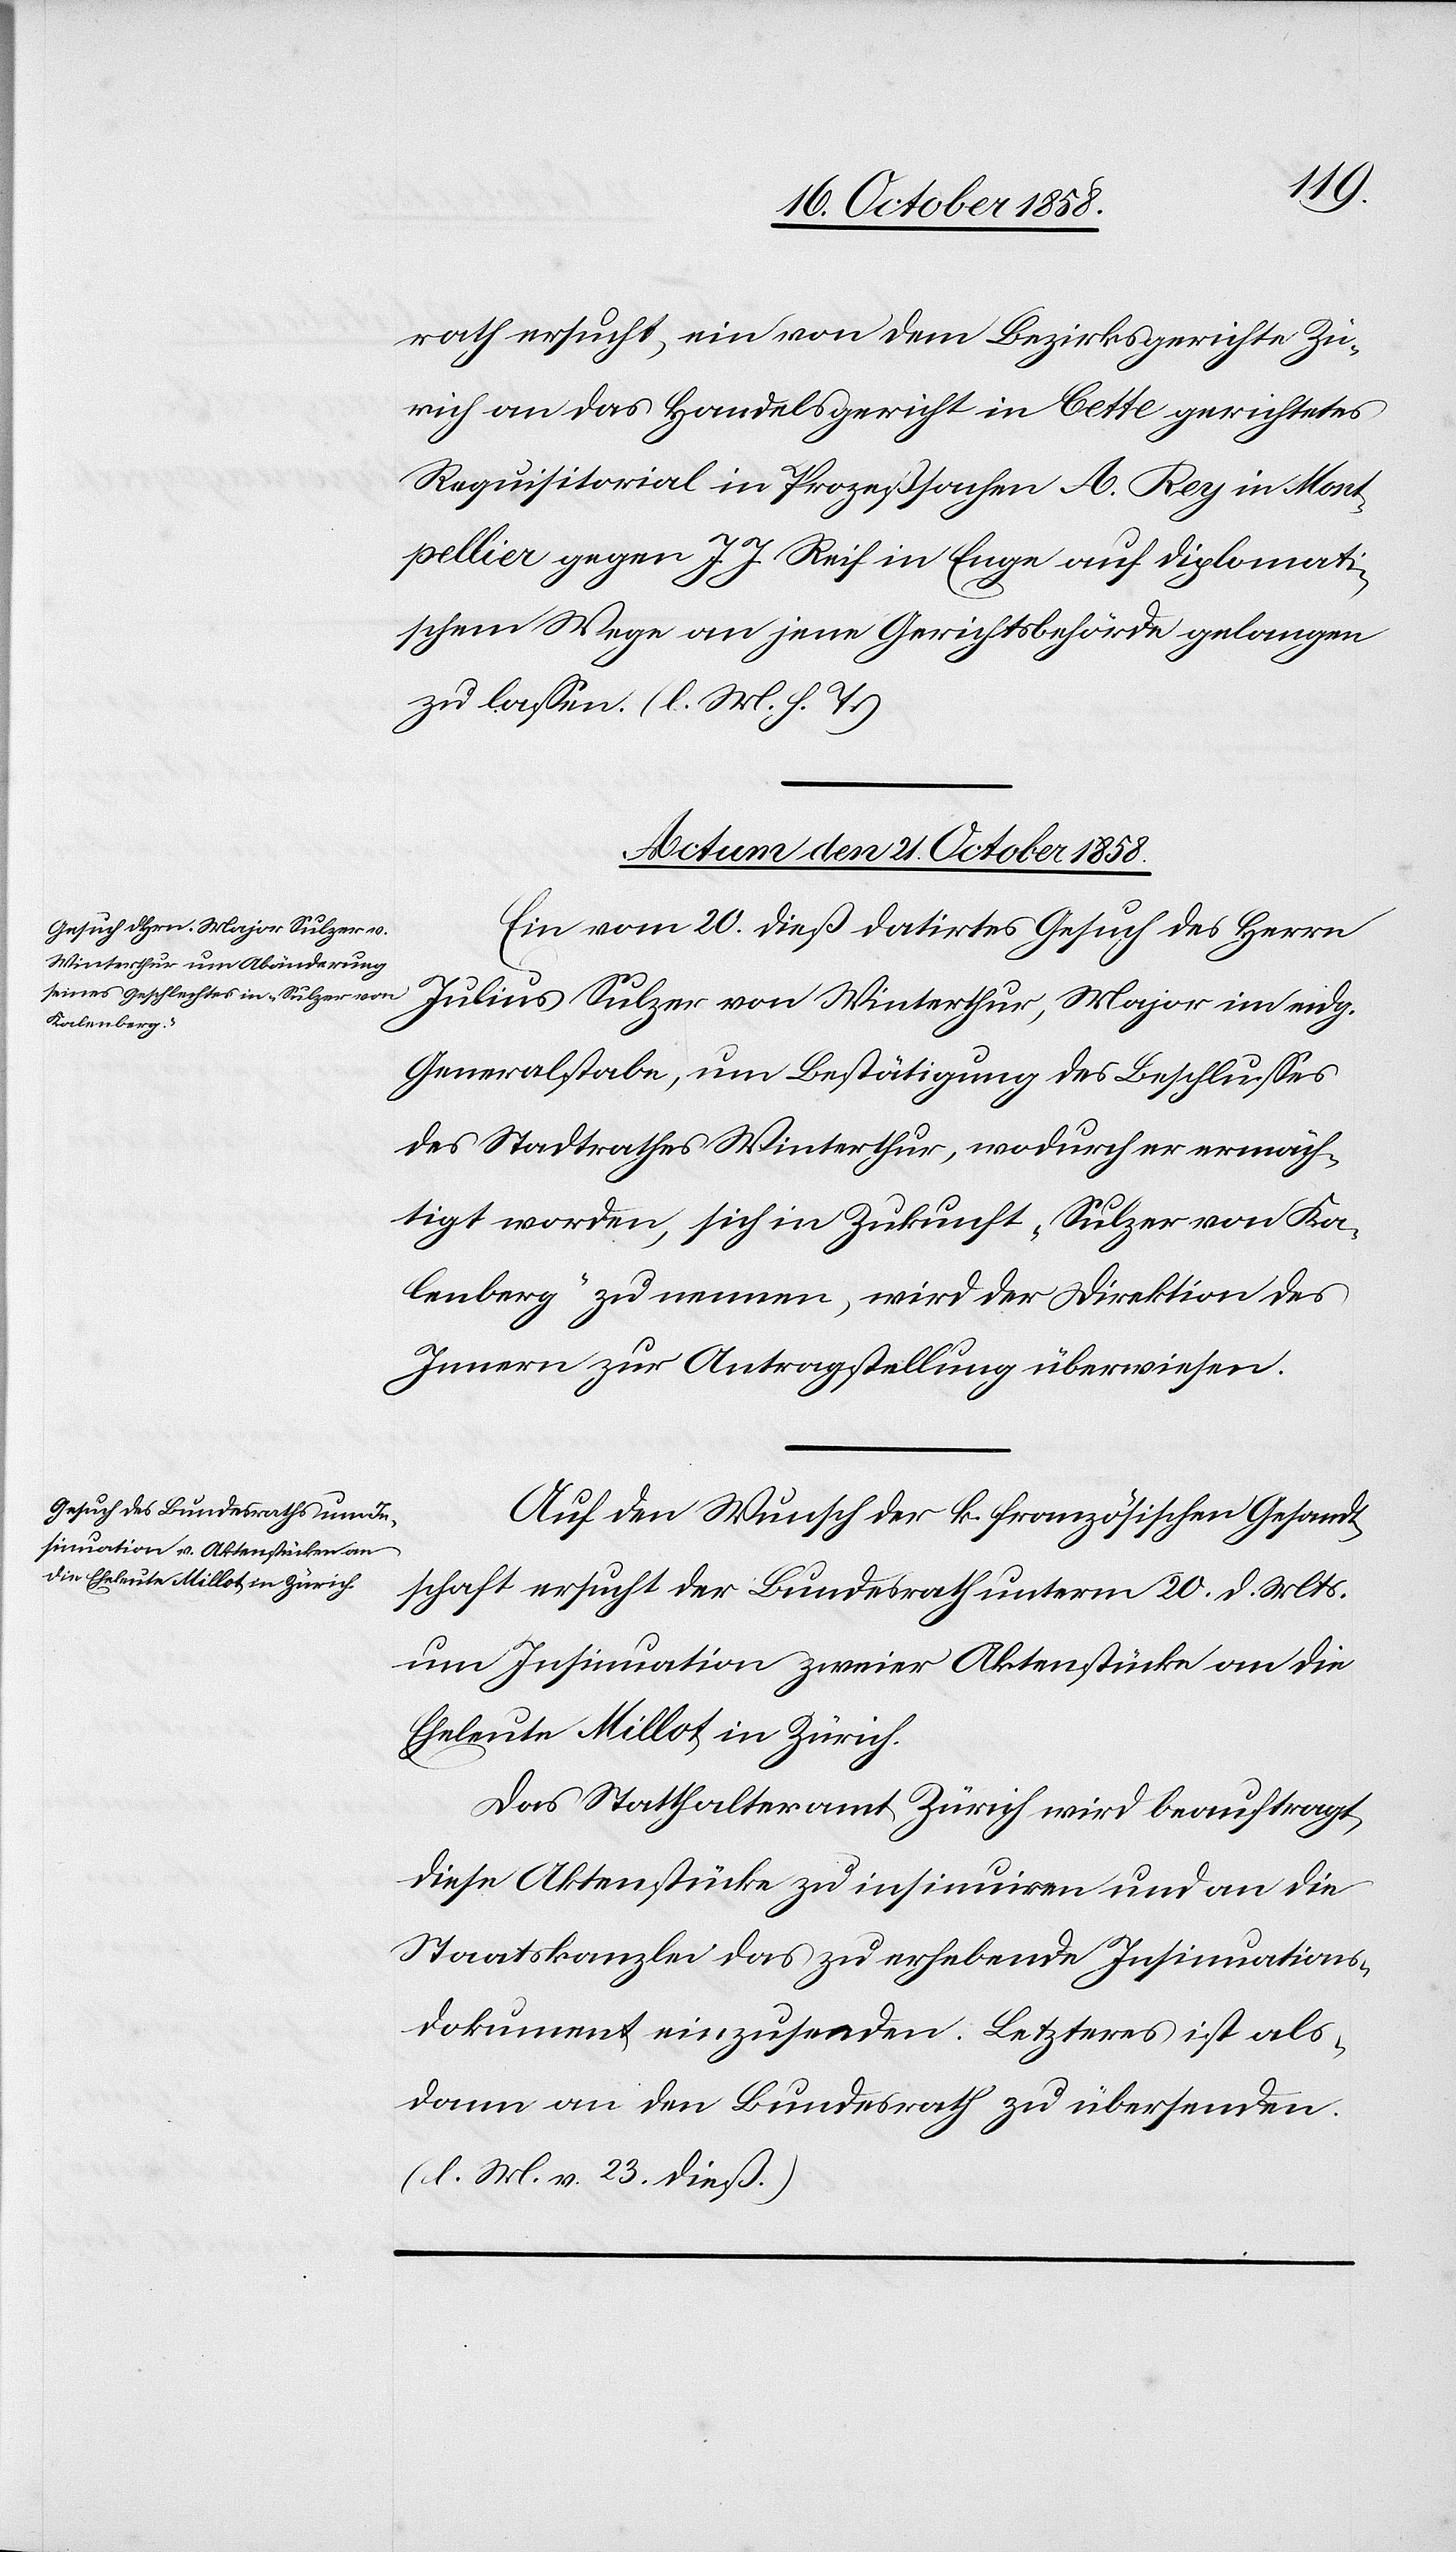
rath ersucht, ein von dem Bezirksgerichte Zü¬
rich an das Handelsgericht in Cette gerichtetes
Requisitorial in Prozeßsachen A. Rey in Mont¬
pellier gegen J. J. Reif in Enge auf diplomati¬
schem Wege an jene Gerichtsbehörde gelangen
zu lassen. (l. M. h. T.)
Actum den 21. October 1858.]
Ein vom 20. dieß datirtes Gesuch des Herrn
Julius Sulzer von Winterthur, Major im eidg.
Generalstabe, um Bestätigung des Beschlusses
des Stadtrathes Winterthur, wodurch er ermäch¬
tigt worden, sich in Zukunft „Sulzer von Ka¬
lenberg“ zu nennen, wird der Direktion des
Innern zur Antragstellung überwiesen.
Auf den Wunsch der k. französischen Gesandt¬
schaft ersucht der Bundesrath unterm 20. d. Mts.
um Insinuation zweier Aktenstücke an die
Eheleute Millot in Zürich.
Das Statthalteramt Zürich wird beauftragt,
diese Aktenstücke zu insinuiren und an die
Staatskanzlei das zu erhebende Insinuations¬
dokument einzusenden. Letzteres ist als¬
dann an den Bundesrath zu übersenden.
(l. M. v. 23. dieß.)